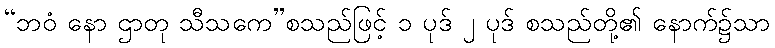
“ဘဝံ နော ဌာတု သီသကေ”စသည်ဖြင့် ၁ ပုဒ် ၂ ပုဒ် စသည်တို့၏ နောက်၌သာ